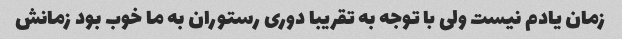
زمان یادم نیست ولی با توجه به تقریبا دوری رستوران به ما خوب بود زمانش